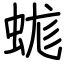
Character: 蛖